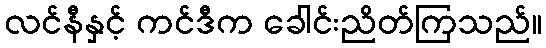
လင်နီနှင့် ကင်ဒီက ခေါင်းညိတ်ကြသည်။